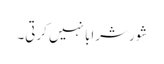
شور شرابا نہیں کرتی۔